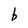
Character: b